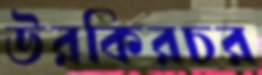
উরকিরচর